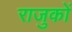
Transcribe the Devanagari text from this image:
राजुकों